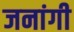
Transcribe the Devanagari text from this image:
जनांगी